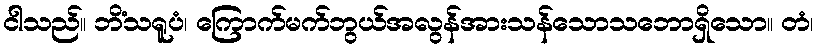
ငါသည်။ ဘိံသရူပံ၊ ကြောက်မက်ဘွယ်အလွန်အားသန်သောသဘောရှိသော။ တံ၊